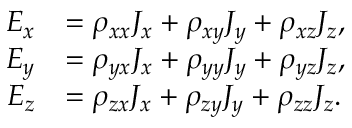
{ \begin{array} { r l } { E _ { x } } & { = \rho _ { x x } J _ { x } + \rho _ { x y } J _ { y } + \rho _ { x z } J _ { z } , } \\ { E _ { y } } & { = \rho _ { y x } J _ { x } + \rho _ { y y } J _ { y } + \rho _ { y z } J _ { z } , } \\ { E _ { z } } & { = \rho _ { z x } J _ { x } + \rho _ { z y } J _ { y } + \rho _ { z z } J _ { z } . } \end{array} }